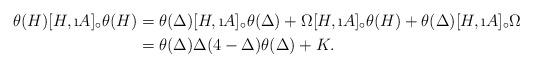
LaTeX: \begin{align*}\theta(H) [H, \i A ]_{\circ} \theta(H) &= \theta(\Delta) [H, \i A ]_{\circ} \theta(\Delta) + \Omega [H, \i A ]_{\circ} \theta(H) + \theta(\Delta) [H, \i A ]_{\circ} \Omega \\&= \theta(\Delta) \Delta (4-\Delta) \theta(\Delta) + K.\end{align*}